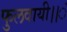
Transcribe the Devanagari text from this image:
फुलवायी।।ं